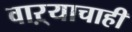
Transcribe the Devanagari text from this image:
वाऱ्याचाही